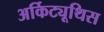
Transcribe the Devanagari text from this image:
अर्किट्यूथिस